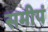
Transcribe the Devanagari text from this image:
समीपं